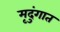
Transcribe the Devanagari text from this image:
मृदुंगात